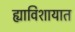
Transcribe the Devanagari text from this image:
ह्याविशायात